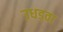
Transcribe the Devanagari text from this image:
उधड़वा